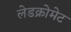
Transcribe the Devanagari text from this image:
लेडक्रोमेट